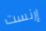
إرنست